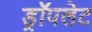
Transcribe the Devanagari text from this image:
ड्रॉपलेट